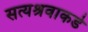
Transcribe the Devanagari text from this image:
सत्यश्रवाकडे